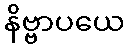
နိဗ္ဗာပယေ